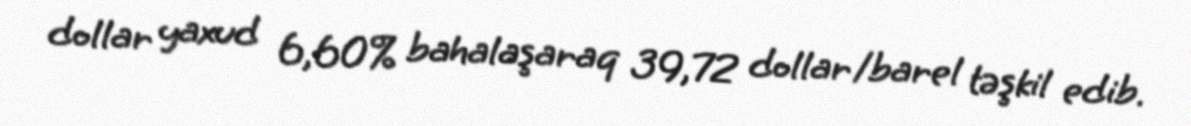
dollar yaxud 6,60% bahalaşaraq 39,72 dollar/barel təşkil edib.